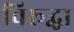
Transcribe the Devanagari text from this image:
विरूद्धा